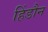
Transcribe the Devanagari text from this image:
हिंडौन